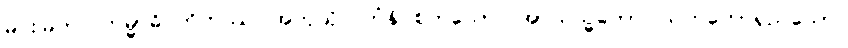
မင်းမြတ်။ ကမ္မာဓိဂ္ဂဟိတဿ၊ အကုသိုလ်ကံနှိပ်စက်သော။ အာယသ္မတော၊ သက်တော်ရှည်သော။